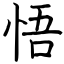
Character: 悟